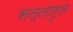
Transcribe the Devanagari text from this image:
सत्तारुल